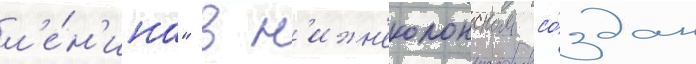
л'е́н'ина" в н'ижн'еколонском со́здан